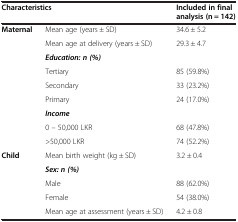
<table><thead><tr><td colspan="2"><b>Characteristics</b></td><td><b>Included in final analysis (n = 142)</b></td></tr></thead><tbody><tr><td rowspan="2"><b>Maternal</b></td><td>Mean age (years ± SD)</td><td>34.6 ± 5.2</td></tr><tr><td>Mean age at delivery (years ± SD)</td><td>29.3 ± 4.7</td></tr><tr><td rowspan="4"> </td><td><b><i>Education: n (%)</i></b></td><td> </td></tr><tr><td>Tertiary</td><td>85 (59.8%)</td></tr><tr><td>Secondary</td><td>33 (23.2%)</td></tr><tr><td>Primary</td><td>24 (17.0%)</td></tr><tr><td rowspan="3"> </td><td><b><i>Income</i></b></td><td> </td></tr><tr><td>0 – 50,000 LKR</td><td>68 (47.8%)</td></tr><tr><td>&gt;50,000 LKR</td><td>74 (52.2%)</td></tr><tr><td><b>Child</b></td><td>Mean birth weight (kg ± SD)</td><td>3.2 ± 0.4</td></tr><tr><td rowspan="3"> </td><td><b><i>Sex: n (%)</i></b></td><td> </td></tr><tr><td>Male</td><td>88 (62.0%)</td></tr><tr><td>Female</td><td>54 (38.0%)</td></tr><tr><td> </td><td>Mean age at assessment (years ± SD)</td><td>4.2 ± 0.8</td></tr></tbody></table>